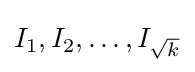
I_{1},I_{2},\ldots ,I_{\sqrt {k}}